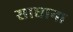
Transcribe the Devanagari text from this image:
साधाना